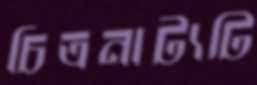
চিত্রনাট্যটি